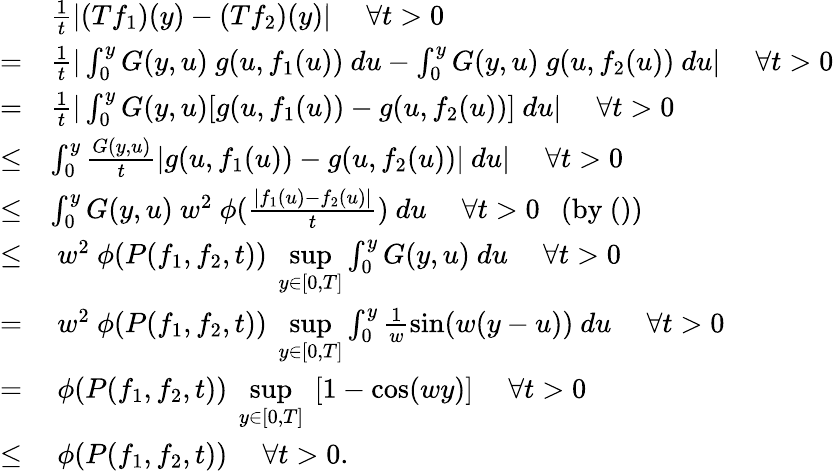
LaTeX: \begin{array}{rl}&{\frac{1}{t}|(Tf_{1})(y)-(Tf_{2})(y)|~~~~~\forall t>0}\\ {=}&{\frac{1}{t}|\int_{0}^{y}G(y,u)~g(u,f_{1}(u))~du-\int_{0}^{y}G(y,u)~g(u,f_{2}(u))~du|~~~~~\forall t>0}\\ {=}&{\frac{1}{t}|\int_{0}^{y}G(y,u)[g(u,f_{1}(u))-g(u,f_{2}(u))]~du|~~~~~\forall t>0}\\ {\leq}&{\int_{0}^{y}\frac{G(y,u)}{t}|g(u,f_{1}(u))-g(u,f_{2}(u))|~du|~~~~~\forall t>0}\\ {\leq}&{\int_{0}^{y}G(y,u)~w^{2}~\phi(\frac{|f_{1}(u)-f_{2}(u)|}{t})~du~~~~~\forall t>0~~~(\mathrm{by}~())}\\ {\leq}&{~w^{2}~\phi(P(f_{1},f_{2},t))~\underset{y\in[0,T]}{\operatorname*{sup}}\int_{0}^{y}G(y,u)~du~~~~~\forall t>0}\\ {=}&{~w^{2}~\phi(P(f_{1},f_{2},t))~\underset{y\in[0,T]}{\operatorname*{sup}}\int_{0}^{y}\frac{1}{w}\sin(w(y-u))~du~~~~~\forall t>0}\\ {=}&{~\phi(P(f_{1},f_{2},t))~\underset{y\in[0,T]}{\operatorname*{sup}}~[1-\cos(wy)]~~~~~\forall t>0}\\ {\leq}&{~\phi(P(f_{1},f_{2},t))~~~~~\forall t>0.}\end{array}